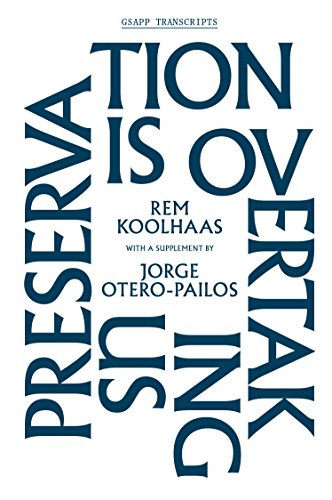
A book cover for Preservation Is Overtaking Us (GSAPP Transcripts); Rem Koolhaas; Arts & Photography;